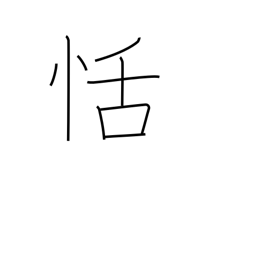
Meaning: composure